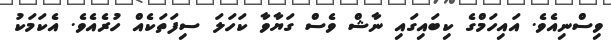
ވިސްނިއެވެ. އައިހަމްގެ ކިބައިގައި ނާޝް ވެސް ގަޔާވާ ކަހަލަ ސިފަތަކެއް ހުރެއެވެ. އެކަމަކު